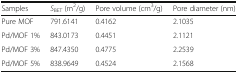
| Samples | SBET (m2/g) | Pore volume (cm3/g) | Pore diameter (nm) |
 | --- | --- | --- | --- |
 | Pure MOF | 791.6141 | 0.4162 | 2.1035 |
 | Pd/MOF 1% | 843.0173 | 0.4451 | 2.1121 |
 | Pd/MOF 3% | 847.4350 | 0.4775 | 2.2539 |
 | Pd/MOF 5% | 838.9649 | 0.4524 | 2.1568 |